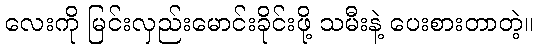
လေးကို မြင်းလှည်းမောင်းခိုင်းဖို့ သမီးနဲ့ ပေးစားတာတဲ့။